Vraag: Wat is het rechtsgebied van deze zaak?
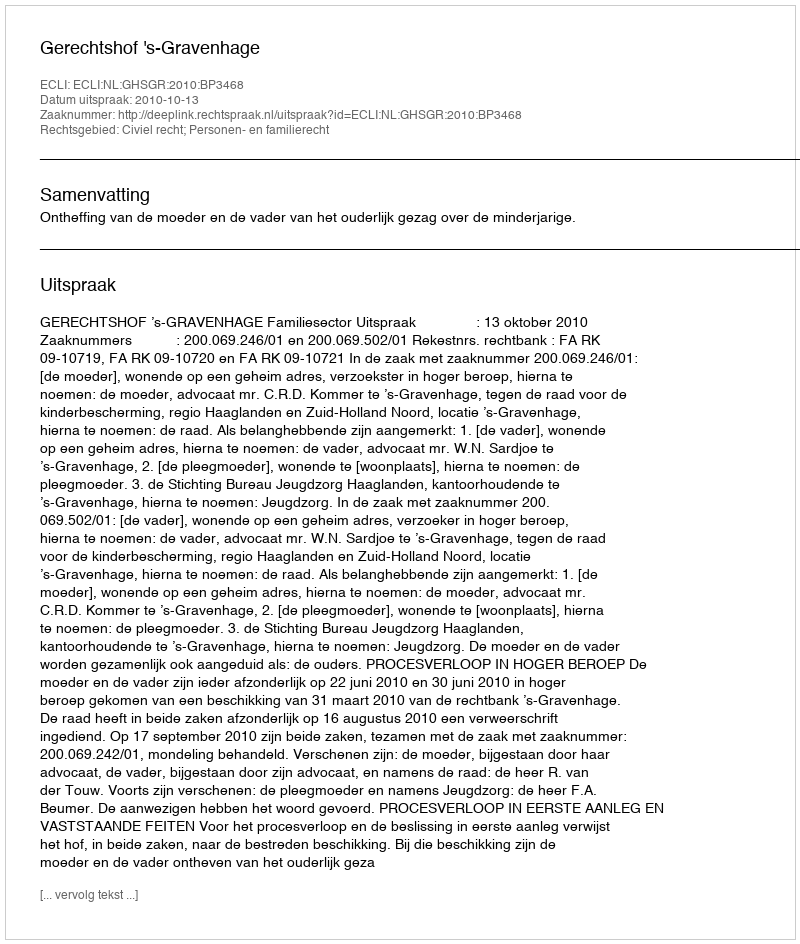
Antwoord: Civiel recht; Personen- en familierecht